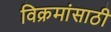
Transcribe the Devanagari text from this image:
विक्रमांसाठी